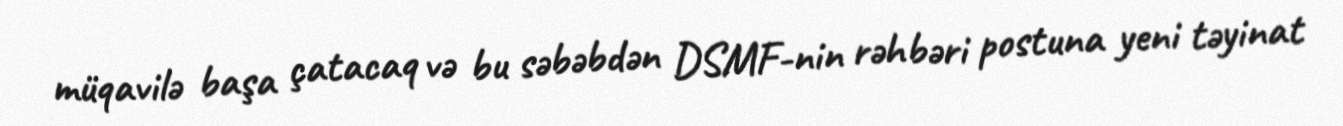
müqavilə başa çatacaq və bu səbəbdən DSMF-nin rəhbəri postuna yeni təyinat